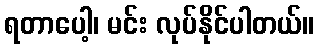
ရတာပေါ့၊ မင်း လုပ်နိုင်ပါတယ်။